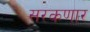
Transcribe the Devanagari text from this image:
सरकणार